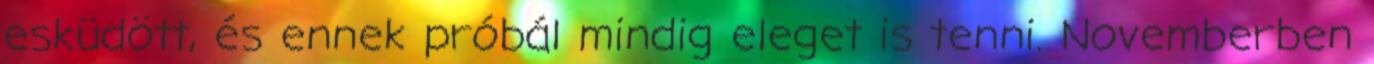
esküdött, és ennek próbál mindig eleget is tenni. Novemberben